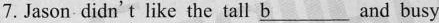
7.Jason didn't like the tall \underline{b} and busy